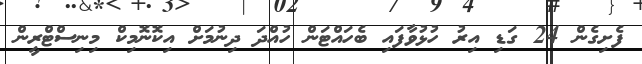
ފެށިގެން 24 ގަޑި އިރު ހުޅުވާފައި ބެހައްޓަން ހުއްދަ ދިނުމަށް އިކޮނޮމިކް މިނިސްޓްރީން